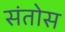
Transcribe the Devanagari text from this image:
संतोस